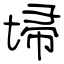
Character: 埽